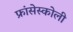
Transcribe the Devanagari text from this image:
फ्रांसेस्कोली